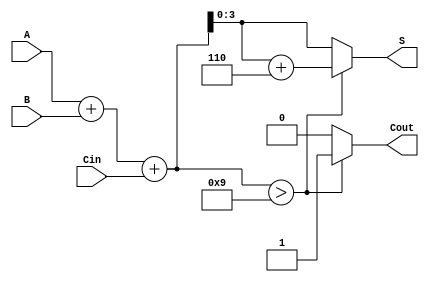
module BCD_Asynchronous_Adder (
    input [3:0] A,    // 4-bit BCD input A
    input [3:0] B,    // 4-bit BCD input B
    input Cin,        // Carry-in input
    output reg [3:0] S, // 4-bit BCD output
    output reg Cout    // Carry-out output
);
    // Internal signals
    wire [4:0] sum;    // 5-bit sum to accommodate carry
    wire adjust;       // Flag to indicate if adjustment is needed
    
    // Binary addition of A, B and Cin
    assign sum = A + B + Cin;

    // Check if adjustment is needed (if sum > 9)
    assign adjust = sum > 9;

    always @(*) begin
        if (adjust) begin
            // If adjustment is needed, add 6 (0110)
            S = sum + 4'b0110;
            Cout = 1; // Set carry-out if adjustment was necessary
        end else begin
            S = sum[3:0]; // Use lower 4 bits of sum
            Cout = 0; // No carry-out
        end
    end
endmodule